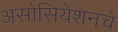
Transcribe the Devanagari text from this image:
असोसियेशनचे